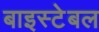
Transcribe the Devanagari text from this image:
बाइस्टेबल